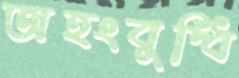
অহংবুদ্ধি